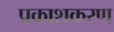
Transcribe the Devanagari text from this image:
प्रकाशकरण